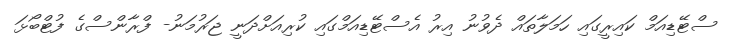
ސްޓޭޑިއަމް ކައިރީގައި ހަމަލާތައް ދެވުނު އިރު އެސްޓޭޑިއަމްގައި ކުރިއަށްދަނީ ޖަރުމަނު- ފްރާންސްގެ ފުޓްބޯޅަ